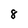
Character: 8